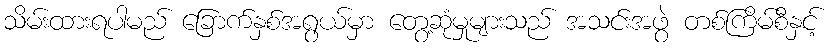
သိမ်းထားရပါမည် ခြောက်နှစ်အရွယ်မှာ တွေ့ဆုံမှုများသည် အသင်းအဖွဲ တစ်ကြိမ်စီနှင့်